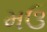
મઉ